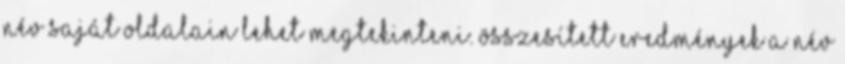
név saját oldalain lehet megtekinteni. Összesített eredmények a név